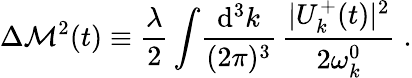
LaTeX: \Delta{\cal M}^{2}(t)\equiv\frac{\lambda}{2}\int\! \frac{\mathrm{d^{3}}k}{(2\pi)^{3}}\, \frac{|U_{k}^{+}(t)|^{2}}{2\omega_{k}^{0}}\; .